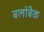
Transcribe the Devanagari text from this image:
बलोंबैक